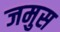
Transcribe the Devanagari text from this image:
जमुस